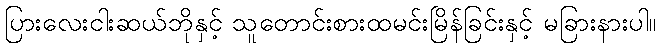
ပြားလေးငါးဆယ်ဘိုနှင့် သူတောင်းစားထမင်းမြိန်ခြင်းနှင့် မခြားနားပါ။